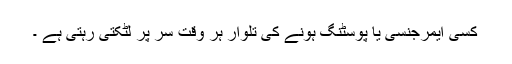
کسی ایمرجنسی یا پوسٹنگ ہونے کی تلوار ہر وقت سر پر لٹکتی رہتی ہے ۔